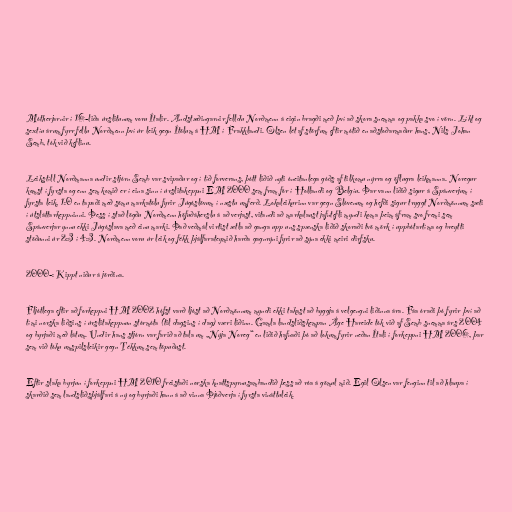
Mótherjarnir í 16-liða úrslitunum voru Ítalir. Andstæðingarnir felldu Norðmenn á eigin bragði með því að skora snemma og pakka svo í vörn. Líkt og
sextíu árum fyrr féllu Norðmenn því úr leik gegn Ítölum á HM í Frakklandi. Olsen lét af störfum eftir mótið en aðstoðarmaður hans, Nils Johan
Semb, tók við keflinu.

Leikstíll Norðmanna undir stjórn Semb var svipaður og í tíð forverans, þótt liðið nyti óneitanlega góðs af tilkomu nýrra og öflugra leikmanna. Noregur
komst í fyrsta og enn sem komið er í eina sinn í úrslitakeppni EM 2000 sem fram fór í Hollandi og Belgíu. Þar vann liðið sigur á Spánverjum í
fyrsta leik, 1:0 en tapaði með sömu markatölu fyrir Júgóslövum í næstu umferð. Lokaleikurinn var gegn Slóvenum og hefði sigur tryggt Norðmönnum sæti
í útsláttarkeppninni. Þess í stað lögðu Norðmenn höfuðáherslu á að verjast, vitandi að markalaust jafntefli myndi koma þeim áfram svo fremi sem
Spánverjar ynnu ekki Júgóslava með einu marki. Það veðmál virtist ætla að ganga upp uns spænska liðið skoraði tvö mörk í uppbótartíma og breytti
stöðunni úr 2:3 í 4:3. Norðmenn voru úr leik og fékk þjálfarateymið harða gagnrýni fyrir að sýna ekki meiri dirfsku.

2000-: Kippt niður á jörðina.

Fljótlega eftir að forkeppni HM 2002 hófst varð ljóst að Norðmönnum myndi ekki takast að byggja á velgengni liðinna ára. Fáa óraði þó fyrir því að
tími norska liðsins í úrslitakeppnun stórmóta (til dagsins í dag) væri liðinn. Gamla landsliðskempan Åge Hareide tók við af Semb snemma árs 2004
og byrjaði með látum. Undir hans stjórn var farið að tala um „Nýja Noreg“ en liðið hafnaði þó að lokum fyrir neðan Ítali í forkeppni HM 2006, þar
sem við tóku umspilsleikir gegn Tékkum sem töpuðust.

Eftir slaka byrjun í forkeppni HM 2010 freistaði norska knattspyrnusambandið þess að róa á gömul mið. Egil Olsen var fenginn til að hlaupa í
skarðið sem landsliðsþjálfari á ný og byrjaði hann á að vinna Þjóðverja í fyrsta vináttuleik.